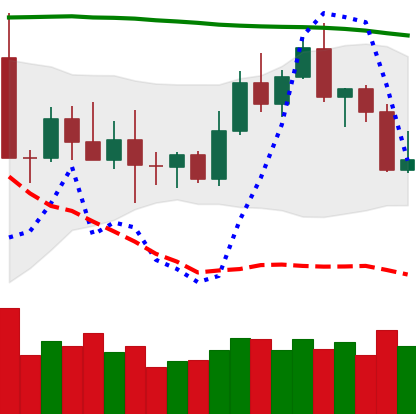
Ticker: TRX-USD
Chart end date: 2022-11-03
Forward return: -4.897%
Label: down_3_5